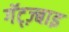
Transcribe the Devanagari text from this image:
गॅट्ज़्बाइ